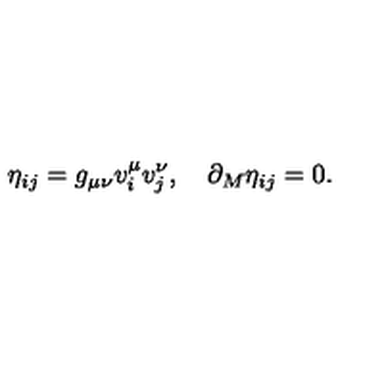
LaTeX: \eta _ { i j } = g _ { \mu \nu } v _ { i } ^ { \mu } v _ { j } ^ { \nu } , \quad \partial _ { M } \eta _ { i j } = 0 .